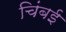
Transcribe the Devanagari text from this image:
चिंबई